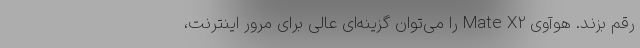
رقم بزند. هوآوی Mate X2 را می‌توان گزینه‌ای عالی برای مرور اینترنت،